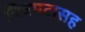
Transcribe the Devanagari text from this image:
चित्रपटासह